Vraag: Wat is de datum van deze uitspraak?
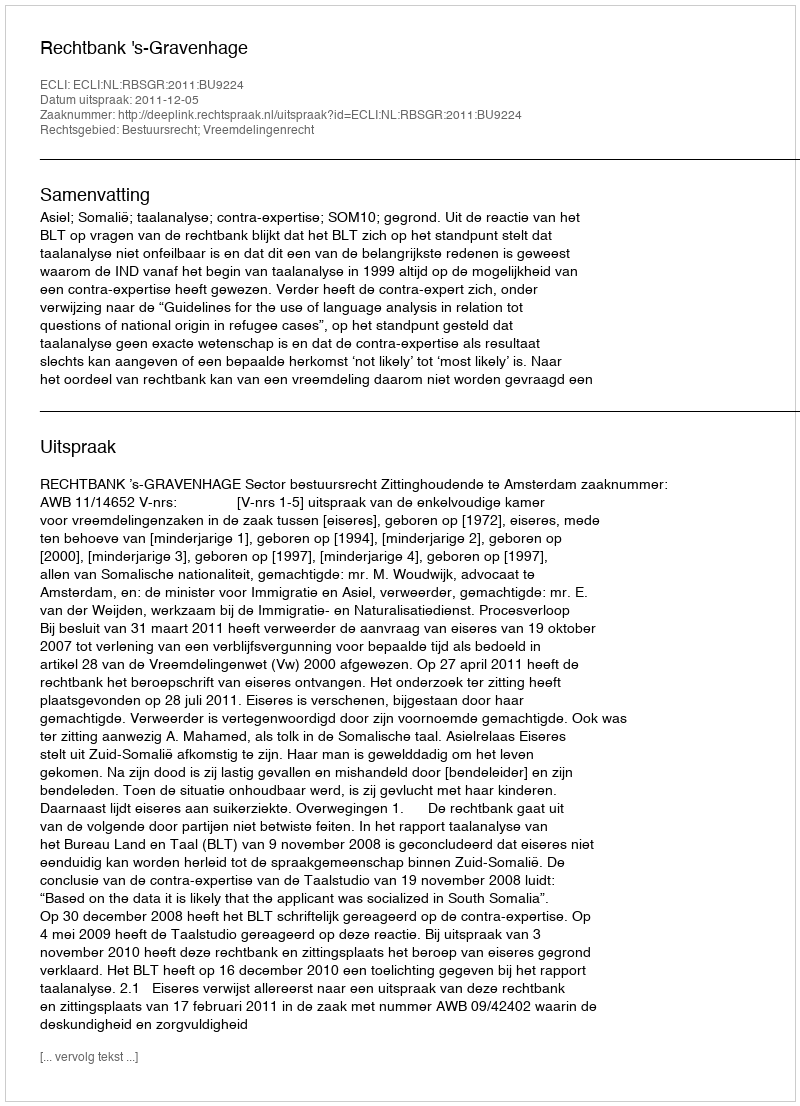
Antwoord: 2011-12-05